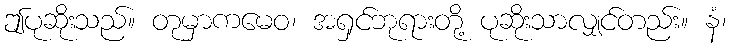
ဤပုဆိုးသည်။ တုမှာကမေဝ၊ အရှင်ဘုရားတို့ ပုဆိုးသာလျှင်တည်း။ နံ၊